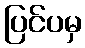
ပြင်ပမှ